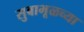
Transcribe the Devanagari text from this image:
सुबाभूळच्या